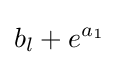
b_{l}+e^{a_{1}}